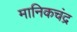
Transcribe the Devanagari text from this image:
मानिकचंद्र